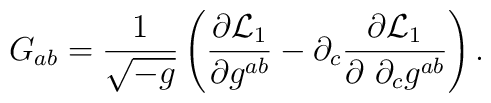
G_{ab} =\frac{1}{\sqrt{-g}}\left (\frac{\partial {\cal L}_1 }{\partial g^{ab}} -\partial_c \frac{\partial {\cal L}_1 }{\partial~\partial_c g^{ab}}\right ).